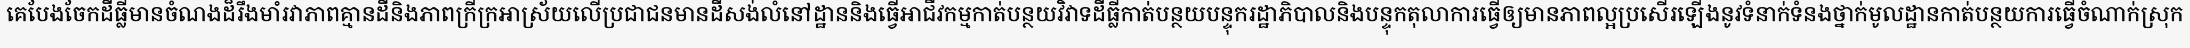
គេបែងចែកដីធ្លីមានចំណងដ៏រឹងមាំរវាភាពគ្មានដីនិងភាពក្រីក្រអាស្រ័យលើប្រជាជនមានដីសង់លំនៅដ្ឋាននិងធ្វើអាជីវកម្មកាត់បន្ថយវិវាទដីធ្លីកាត់បន្ថយបន្ទុករដ្ឋាភិបាលនិងបន្ទុកតុលាការធ្វើឲ្យមានភាពល្អប្រសើរឡើងនូវទំនាក់ទំនងថ្នាក់មូលដ្ឋានកាត់បន្ថយការធ្វើចំណាក់ស្រុក